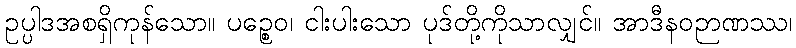
ဥပ္ပါဒအစရှိကုန်သော။ ပဉ္စေဝ၊ ငါးပါးသော ပုဒ်တို့ကိုသာလျှင်။ အာဒီနဝဉာဏဿ၊